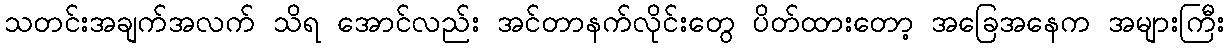
သတင်းအချက်အလက် သိရ အောင်လည်း အင်တာနက်လိုင်းတွေ ပိတ်ထားတော့ အခြေအနေက အများကြီး